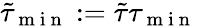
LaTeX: \tilde{\tau}_{\mathrm{~m~i~n~}}:=\tilde{\tau}\tau_{\mathrm{~m~i~n~}}